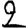
Digit: 2